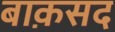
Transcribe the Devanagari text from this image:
बाक़सद